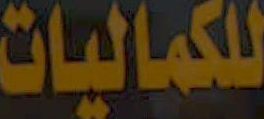
للكماليات